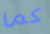
كما